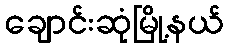
ချောင်းဆုံမြို့နယ်